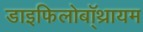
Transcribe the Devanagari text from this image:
डाइफिलोबॉ्थ्रायम